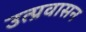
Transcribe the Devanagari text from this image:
उत्प्रवासन